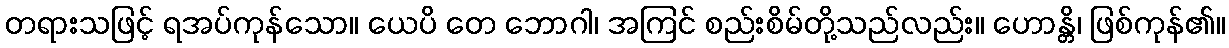
တရားသဖြင့် ရအပ်ကုန်သော။ ယေပိ တေ ဘောဂါ၊ အကြင် စည်းစိမ်တို့သည်လည်း။ ဟောန္တိ၊ ဖြစ်ကုန်၏။